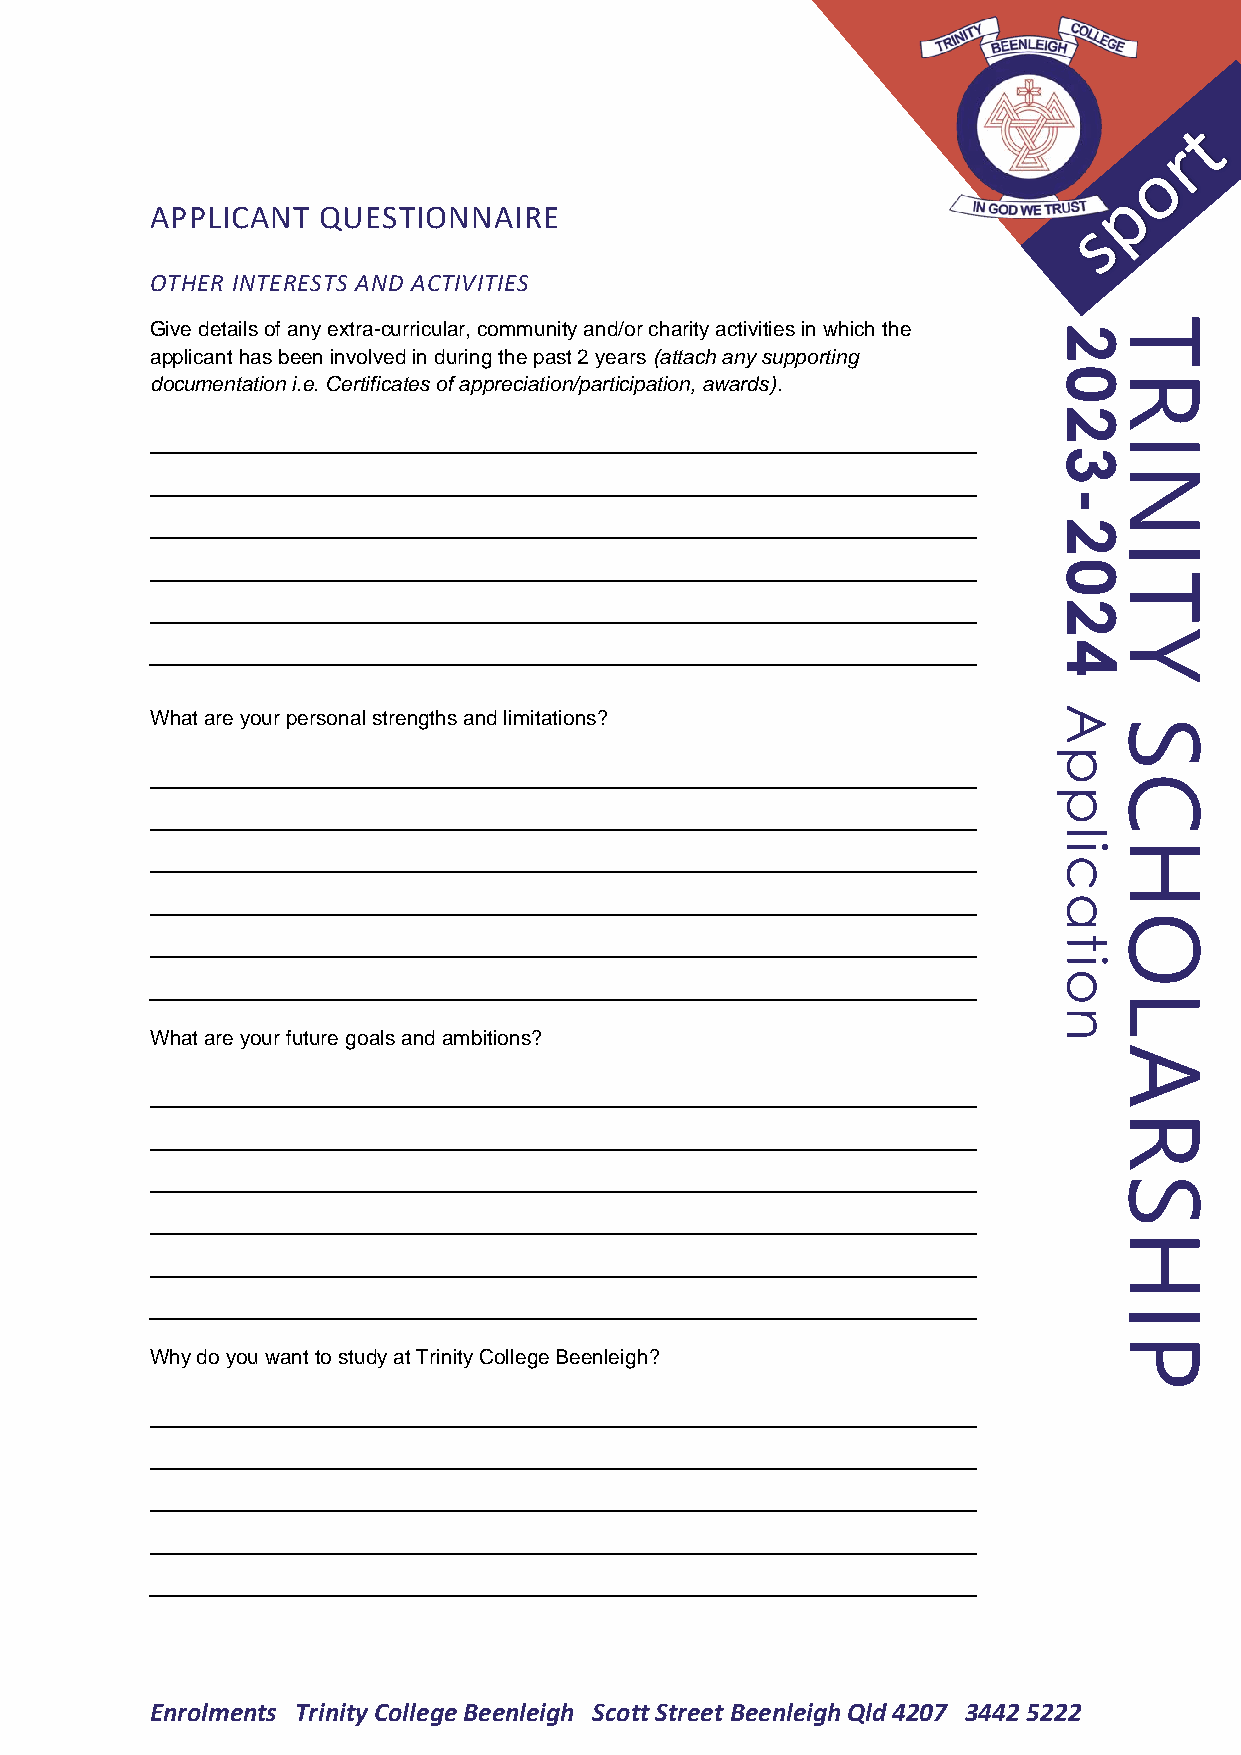
APPLICANT  QUESTIONNAIRE
 OTHER INTERESTS AND ACTIVITIES
 Give details of any extra-curricular, community and/or charity activities in which the 2T
 applicant has been involved in during the past 2 years (attach any supporting
 documentation i.e. Certificates of appreciation/participation, awards).
 0R
 2
 I
 3
 N
 -
 2
 I
 0
 T
 2
 Y
 4
 What are your personal strengths and limitations?           A
 S
 p
 C
 p
 l
 iH
 c
 a
 O
 t
 i
 o
 L
 n
 What are your future goals and ambitions?
 A
 R
 S
 H
 I
 P
 Why do you want to study at Trinity College Beenleigh?
 Enrolments Trinity College Beenleigh Scott Street Beenleigh Qld 4207 3442 5222